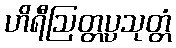
ဟိရီဩတ္တပ္ပသုတ္တံ